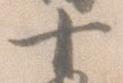
十